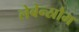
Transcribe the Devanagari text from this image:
लेबेन्स्रौम